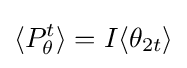
\langle P_{\theta }^{t}\rangle =I\langle \theta _{2t}\rangle